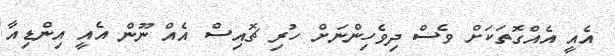
އެއީ އެއްގޮތަަކަށް ވެސް ދިވެހިންނަށް ހުރި ޗޮއިސް އެއް ނޫން އެއީ އިންޑިއާ